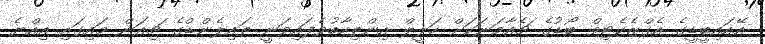
އޭއައިބީޑީގެ އެގްޒެކެޓިވް ބޯޑުގެ ޗެއާމަނަކަށް ހަލީލް އިންތިހާބުވެފައިވަނީ ތައިލެންޑްގެ ޗިއަން މައިގައި އިއްޔެ